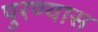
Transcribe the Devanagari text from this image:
पुरण्यास